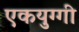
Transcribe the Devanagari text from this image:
एकयुग्गी